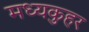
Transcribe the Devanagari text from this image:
मध्यकुहर